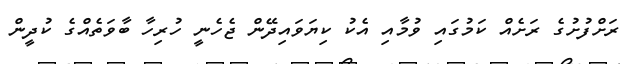
ރަށްފުށުގެ ރަށެއް ކަމުގައި ވުމާއި އެކު ކިޔަވައިދޭން ޖެހެނީ ހުރިހާ ބާވަތެއްގެ ކުދީން